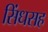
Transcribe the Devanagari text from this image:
सिंधसह